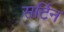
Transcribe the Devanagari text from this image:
सर्टिन